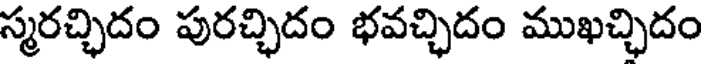
స్మరచ్చిదం పురచ్చిదం భవచ్చిదం ముఖచ్చిదం